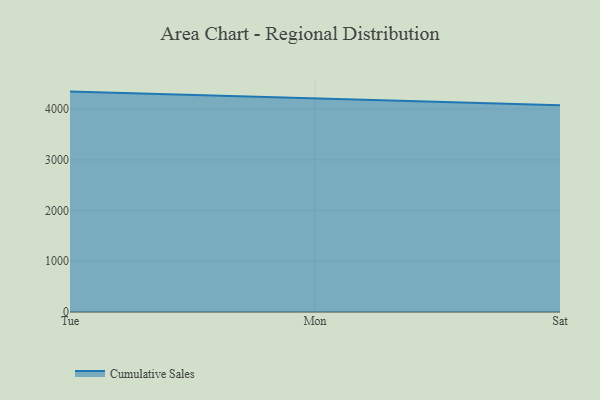
{"axis": {"x": "Day", "y": "Demand Index"}, "legend": ["Cumulative Sales"], "data": [{"x": "Tue", "y": 4345.1, "type": "Cumulative Sales"}, {"x": "Mon", "y": 4210.3, "type": "Cumulative Sales"}, {"x": "Sat", "y": 4078.0, "type": "Cumulative Sales"}]}